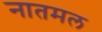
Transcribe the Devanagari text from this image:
नातमल